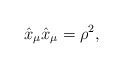
\begin{align*}\hat{x}_{\mu}\hat{x}_{\mu}=\rho^{2}, \end{align*}